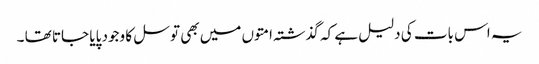
یہ اس بات کی دلیل ہے کہ گذشتہ امتوں میں بھی توسل کا وجود پایا جاتا تھا ۔